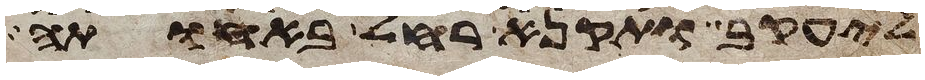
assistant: ליעקב ותקנא רחל באחותה